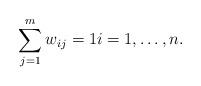
LaTeX: \begin{align*}\sum_{j=1}^m{w_{ij}}=1 i=1,\dots, n.\end{align*}